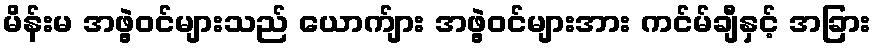
မိန်းမ အဖွဲ့ဝင်များသည် ယောက်ျား အဖွဲ့ဝင်များအား ကင်မ်ချီနှင့် အခြား